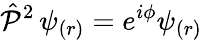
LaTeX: {\hat{\mathcal{P}}}^{2}\, \psi_{\left(r\right)}=e^{i\phi}\psi_{\left(r\right)}